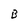
Character: B